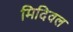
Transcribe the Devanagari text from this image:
मिदिवल